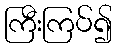
ကြီးကြပ်၍